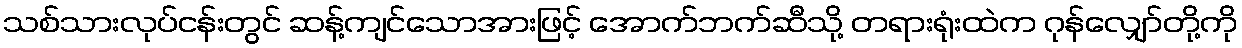
သစ်သားလုပ်ငန်းတွင် ဆန့်ကျင်သောအားဖြင့် အောက်ဘက်ဆီသို့ တရားရုံးထဲက ဂုန်လျှော်တို့ကို